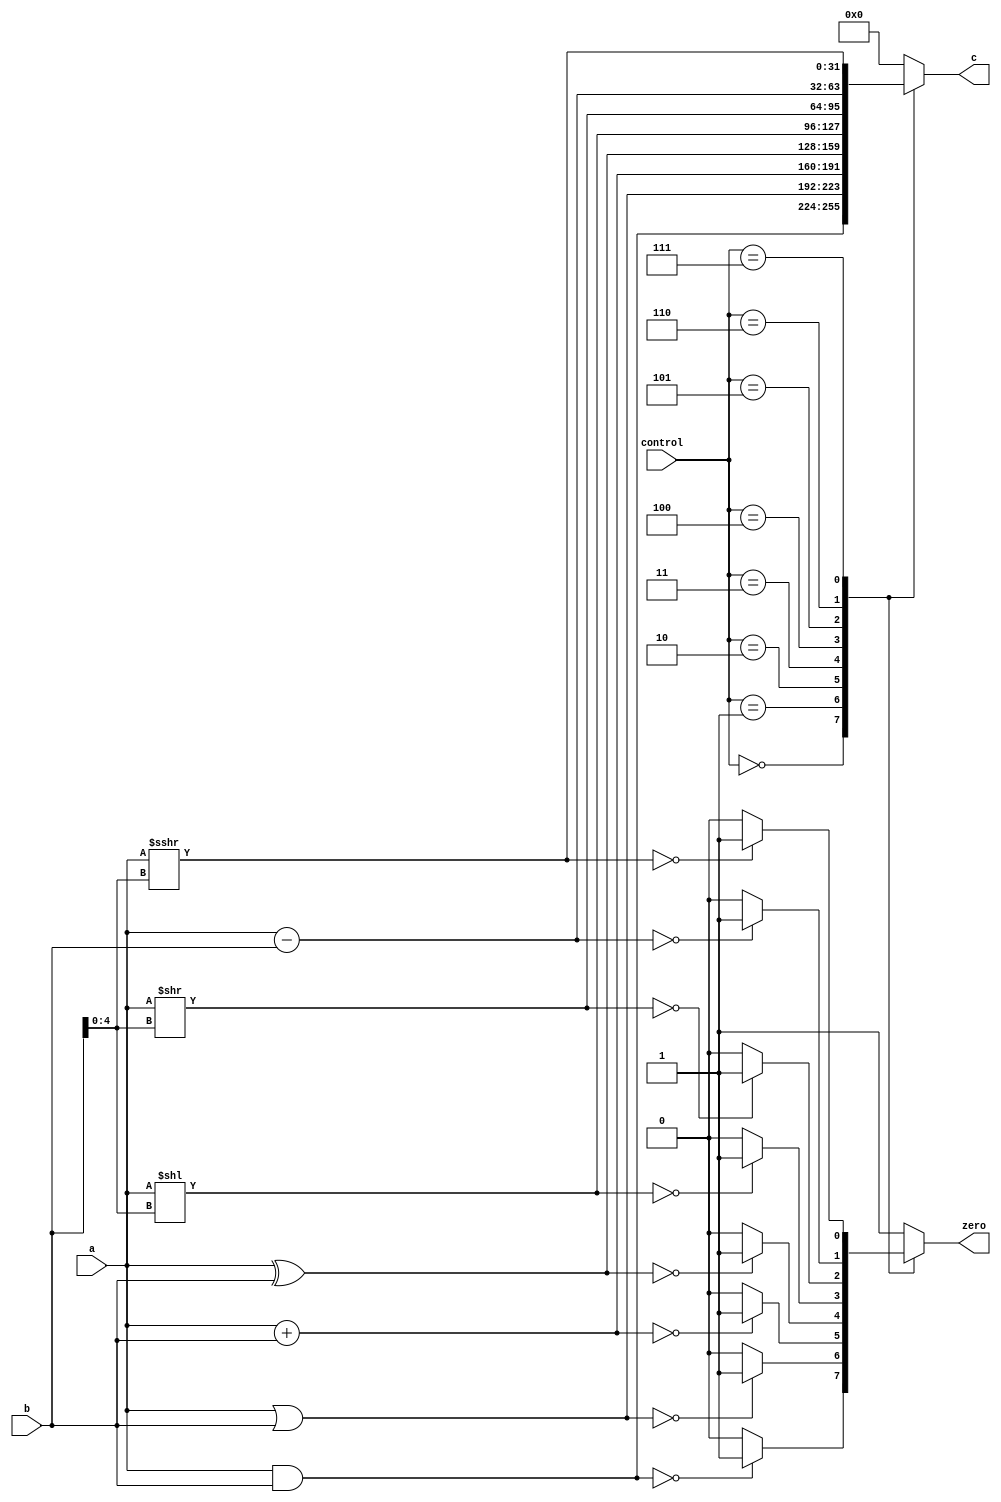
module alu (
    input [3:0] control,
    input [31:0] a, b,
    output reg [31:0] c,
    output reg zero
);

always @(*) begin
    case(control)
        4'b0000: begin
            c = a & b;
            if (c == 32'b0)
            zero = 1'b1;
            else
            zero = 1'b0;
        end     

        4'b0001: begin 
             c = a | b;
            if (c == 32'b0)
            zero = 1'b1;
            else
            zero = 1'b0;   
        end    

        4'b0010: begin 
            c = a + b;  
            if (c == 32'b0)
            zero = 1'b1;
            
             else
             zero = 1'b0;
             end 

        4'b0011: begin
             c = a ^ b;
             if (c == 32'b0)
             zero = 1'b1;
             else
             zero = 1'b0;
        end  

        4'b0100: begin
             c = a << b[4:0];
             if (c == 32'b0)
             zero = 1'b1;
             else
             zero = 1'b0;
             
        end

        4'b0101: begin
             c = a >> b[4:0];
             if (c == 32'b0)
             zero = 1'b1;
             else
             zero = 1'b0;
             
        end

        4'b0110: begin
             c = a - b;
             if (c == 32'b0)
             zero = 1'b1;
             else
             zero = 1'b0; 
             
        end   

        4'b0111: begin
             c = $signed(a) >>> b[4:0];
             if (c == 32'b0)
             zero = 1'b1;
             else
             zero = 1'b0;
             
        end
        default: begin 
            c = 32'b0;
            zero = 1'b1;
        end
    endcase
    
end

endmodule